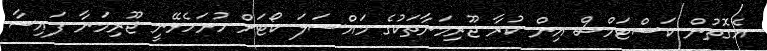
އެގޮތުން ކަސްޓަމްސް އިން ކުރާ ޖޫރިމަނާތަކުގެ މައްސަލަ ކޯޓަށް ހުށަހެޅޭނީ ޖޫރިމަނާ ފައިސާ